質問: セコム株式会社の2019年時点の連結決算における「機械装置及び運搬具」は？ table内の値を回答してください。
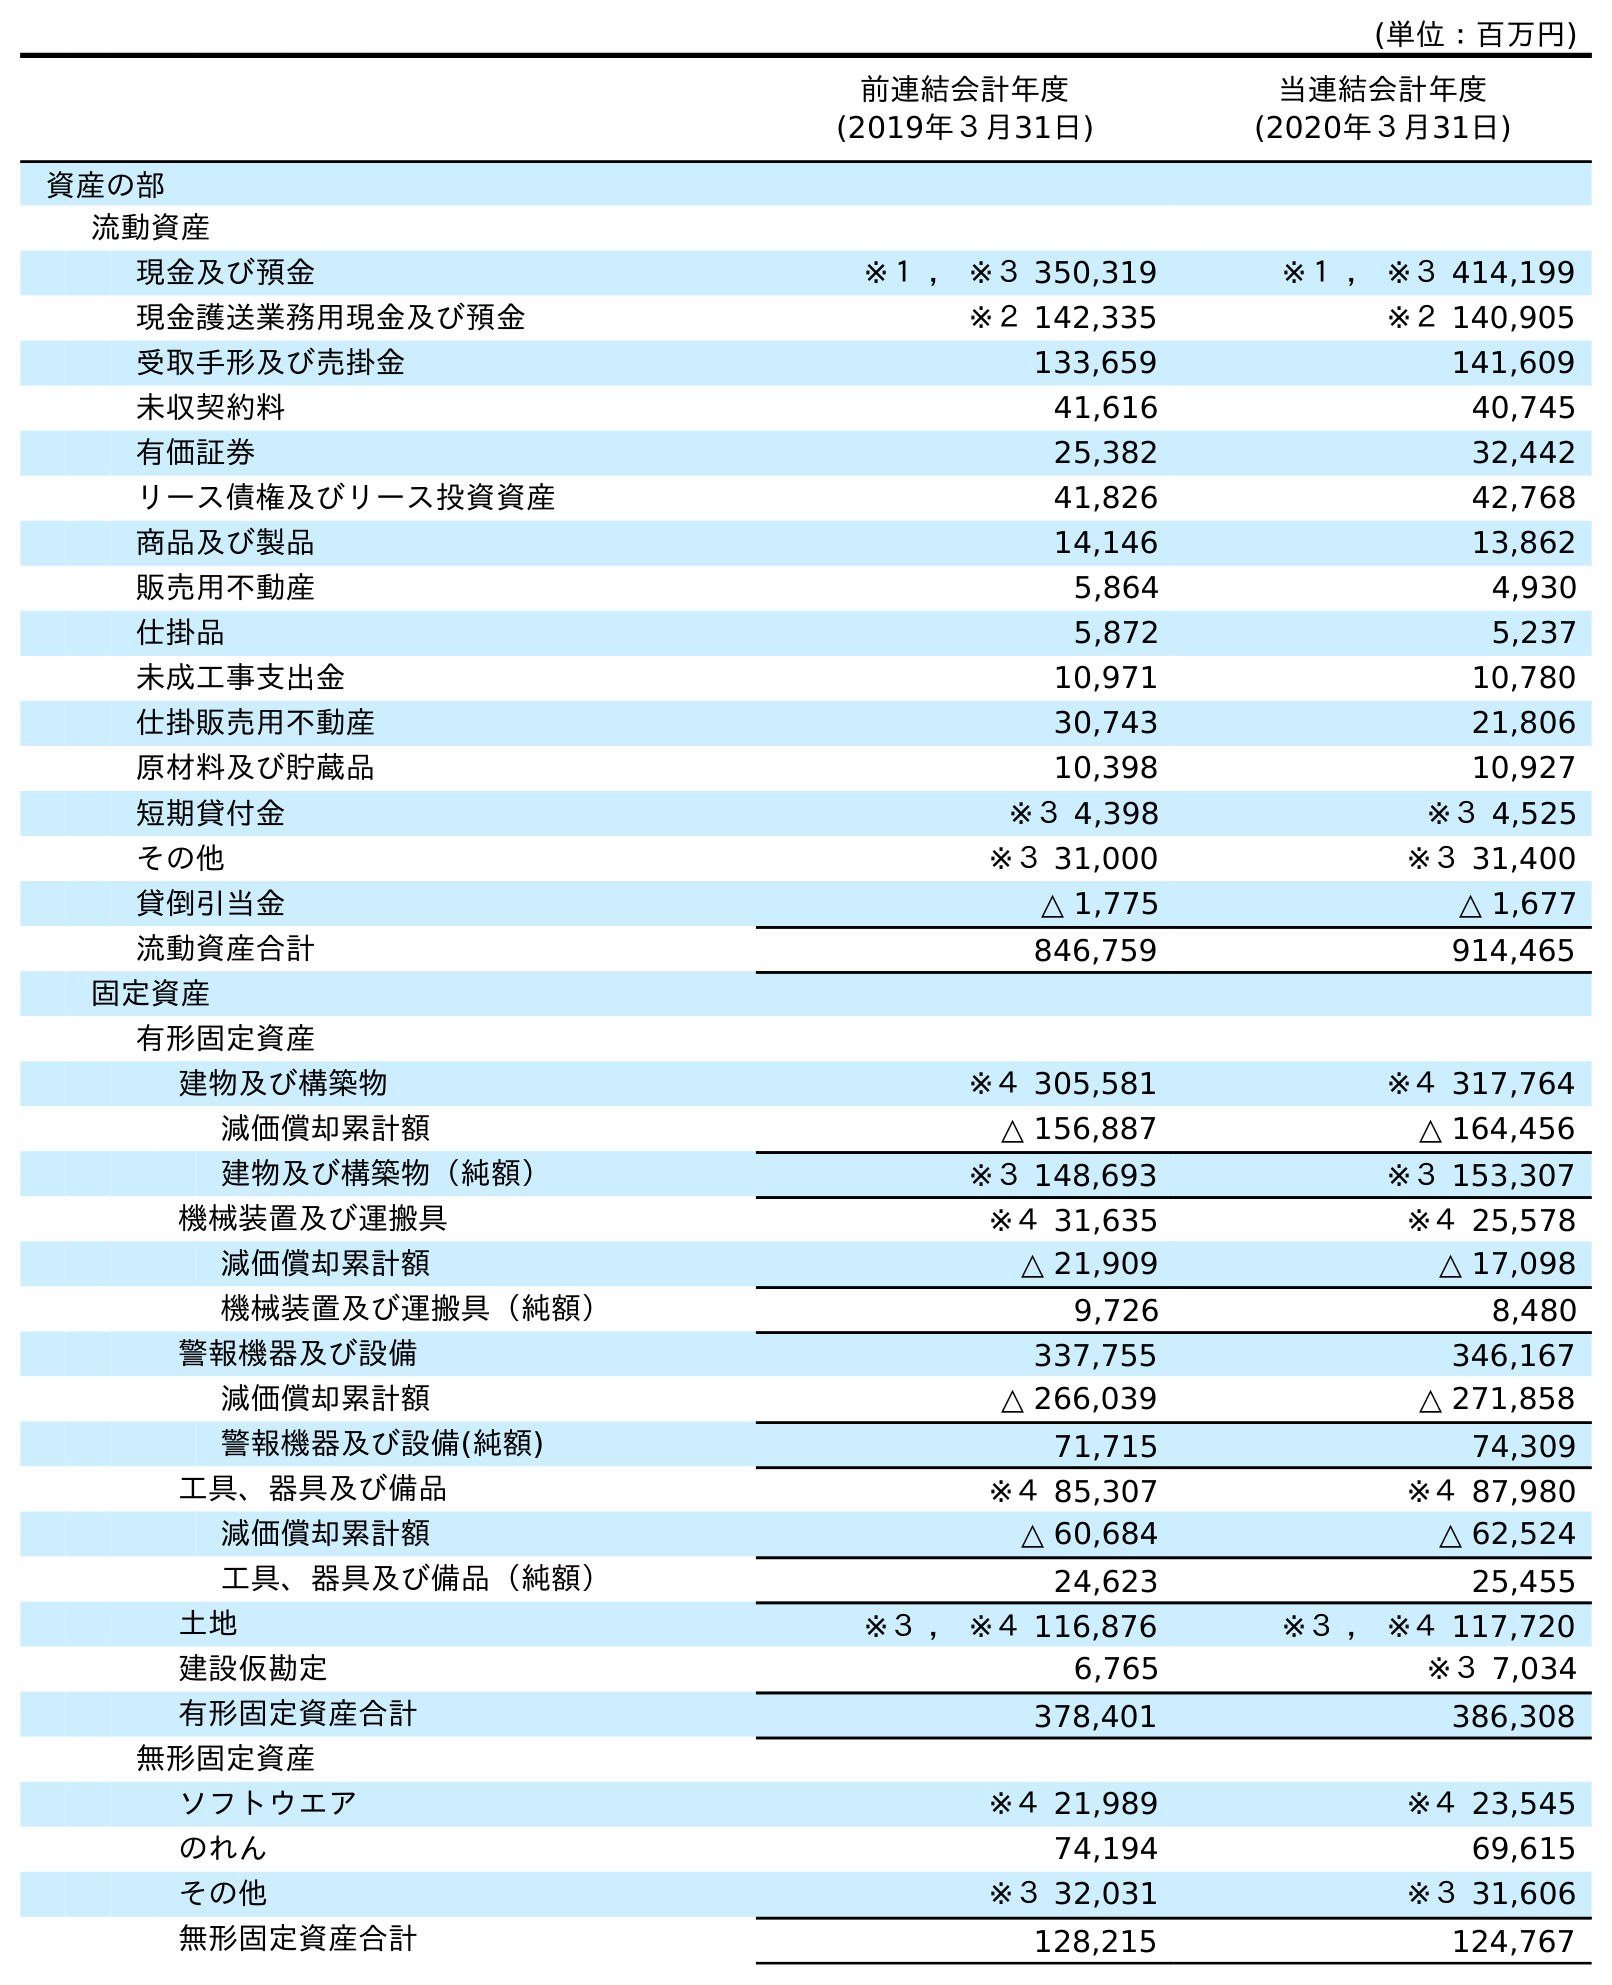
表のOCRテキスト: (単位：百万円) 前連結会計年度 (2019年３月31日) 当連結会計年度 (2020年３月31日) 資産の部 流動資産 現金及び預金 ※１ ， ※３ 350,319 ※１ ， ※３ 414,199 現金護送業務用現金及び預金 ※２ 142,335 ※２ 140,905 受取手形及び売掛金 133,659 141,609 未収契約料 41,616 40,745 有価証券 25,382 32,442 リース債権及びリース投資資産 41,826 42,768 商品及び製品 14,146 13,862 販売用不動産 5,864 4,930 仕掛品 5,872 5,237 未成工事支出金 10,971 10,780 仕掛販売用不動産 30,743 21,806 原材料及び貯蔵品 10,398 10,927 短期貸付金 ※３ 4,398 ※３ 4,525 その他 ※３ 31,000 ※３ 31,400 貸倒引当金 △ 1,775 △ 1,677 流動資産合計 846,759 914,465 固定資産 有形固定資産 建物及び構築物 ※４ 305,581 ※４ 317,764 減価償却累計額 △ 156,887 △ 164,456 建物及び構築物（純額） ※３ 148,693 ※３ 153,307 機械装置及び運搬具 ※４ 31,635 ※４ 25,578 減価償却累計額 △ 21,909 △ 17,098 機械装置及び運搬具（純額） 9,726 8,480 警報機器及び設備 337,755 346,167 減価償却累計額 △ 266,039 △ 271,858 警報機器及び設備(純額) 71,715 74,309 工具、器具及び備品 ※４ 85,307 ※４ 87,980 減価償却累計額 △ 60,684 △ 62,524 工具、器具及び備品（純額） 24,623 25,455 土地 ※３ ， ※４ 116,876 ※３ ， ※４ 117,720 建設仮勘定 6,765 ※３ 7,034 有形固定資産合計 378,401 386,308 無形固定資産 ソフトウエア ※４ 21,989 ※４ 23,545 のれん 74,194 69,615 その他 ※３ 32,031 ※３ 31,606 無形固定資産合計 128,215 124,767
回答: ※４31,635